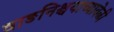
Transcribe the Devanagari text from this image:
वाङनिश्चयाच्यावेळी